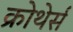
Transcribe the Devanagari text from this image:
क्रोथेर्स